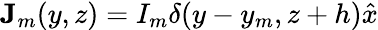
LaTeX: \mathbf{J}_{m}(y,z)=I_{m}\delta(y-y_{m},z+h)\hat{x}